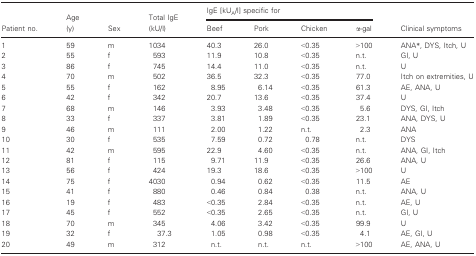
<table><thead><tr><td rowspan="2"><b>Patient no.</b></td><td rowspan="2"><b>Age (y)</b></td><td rowspan="2"><b>Sex</b></td><td rowspan="2"><b>Total IgE (kU/l)</b></td><td colspan="4"><b>IgE [kU<sub>A</sub>/l] specific for</b></td><td rowspan="2"><b>Clinical symptoms</b></td></tr><tr><td><b>Beef</b></td><td><b>Pork</b></td><td><b>Chicken</b></td><td><b>α‐gal</b></td></tr></thead><tbody><tr><td>1</td><td>59</td><td>m</td><td>1034</td><td>40.3</td><td>26.0</td><td>&lt;0.35</td><td>&gt;100</td><td>ANA*, DYS, Itch, U</td></tr><tr><td>2</td><td>55</td><td>f</td><td>593</td><td>11.9</td><td>10.8</td><td>&lt;0.35</td><td>n.t.</td><td>GI, U</td></tr><tr><td>3</td><td>86</td><td>f</td><td>745</td><td>14.4</td><td>11.0</td><td>&lt;0.35</td><td>n.t.</td><td>U</td></tr><tr><td>4</td><td>70</td><td>m</td><td>502</td><td>36.5</td><td>32.3</td><td>&lt;0.35</td><td>77.0</td><td>Itch on extremities, U</td></tr><tr><td>5</td><td>55</td><td>f</td><td>162</td><td>8.95</td><td>6.14</td><td>&lt;0.35</td><td>61.3</td><td>AE, ANA, U</td></tr><tr><td>6</td><td>42</td><td>f</td><td>342</td><td>20.7</td><td>13.6</td><td>&lt;0.35</td><td>37.4</td><td>U</td></tr><tr><td>7</td><td>68</td><td>m</td><td>146</td><td>3.93</td><td>3.48</td><td>&lt;0.35</td><td>5.6</td><td>DYS, GI, Itch</td></tr><tr><td>8</td><td>33</td><td>f</td><td>337</td><td>3.81</td><td>1.89</td><td>&lt;0.35</td><td>23.1</td><td>ANA, DYS, U</td></tr><tr><td>9</td><td>46</td><td>m</td><td>111</td><td>2.00</td><td>1.22</td><td>n.t.</td><td>2.3</td><td>ANA</td></tr><tr><td>10</td><td>30</td><td>f</td><td>535</td><td>7.59</td><td>0.72</td><td>0.78</td><td>n.t.</td><td>DYS</td></tr><tr><td>11</td><td>42</td><td>m</td><td>595</td><td>22.9</td><td>4.60</td><td>&lt;0.35</td><td>n.t.</td><td>ANA, GI, Itch</td></tr><tr><td>12</td><td>81</td><td>f</td><td>115</td><td>9.71</td><td>11.9</td><td>&lt;0.35</td><td>26.6</td><td>ANA, U</td></tr><tr><td>13</td><td>56</td><td>f</td><td>424</td><td>19.3</td><td>18.6</td><td>&lt;0.35</td><td>&gt;100</td><td>U</td></tr><tr><td>14</td><td>75</td><td>f</td><td>4030</td><td>0.94</td><td>0.62</td><td>&lt;0.35</td><td>11.5</td><td>AE</td></tr><tr><td>15</td><td>41</td><td>f</td><td>880</td><td>0.46</td><td>0.84</td><td>0.38</td><td>n.t.</td><td>ANA, U</td></tr><tr><td>16</td><td>19</td><td>f</td><td>483</td><td>&lt;0.35</td><td>2.84</td><td>&lt;0.35</td><td>n.t.</td><td>AE, U</td></tr><tr><td>17</td><td>45</td><td>f</td><td>552</td><td>&lt;0.35</td><td>2.65</td><td>&lt;0.35</td><td>n.t.</td><td>GI, U</td></tr><tr><td>18</td><td>70</td><td>m</td><td>345</td><td>4.06</td><td>3.42</td><td>&lt;0.35</td><td>99.9</td><td>U</td></tr><tr><td>19</td><td>32</td><td>f</td><td>37.3</td><td>1.05</td><td>0.98</td><td>&lt;0.35</td><td>4.1</td><td>AE, GI, U</td></tr><tr><td>20</td><td>49</td><td>m</td><td>312</td><td>n.t.</td><td>n.t.</td><td>n.t.</td><td>&gt;100</td><td>AE, ANA, U</td></tr></tbody></table>